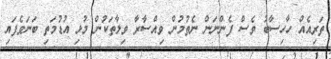
ތަރިއެއް ހާހިސާބު ވެސް ފެންނަން ނެތުމުން ވިއްސާރާ ވިލާތަކުން މުޅި އުޑުމަތި ބަނަވެފައި